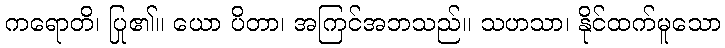
ကရောတိ၊ ပြု၏။ ယော ပိတာ၊ အကြင်အဘသည်။ သဟသာ၊ နိုင်ထက်မူသော